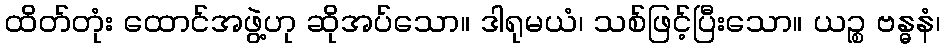
ထိတ်တုံး ထောင်အဖွဲ့ဟု ဆိုအပ်သော။ ဒါရုမယံ၊ သစ်ဖြင့်ပြီးသော။ ယဉ္စ ဗန္ဓနံ၊